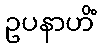
ဥပနာဟိံ